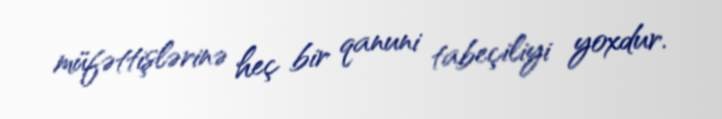
müfəttişlərinə heç bir qanuni tabeçiliyi yoxdur.